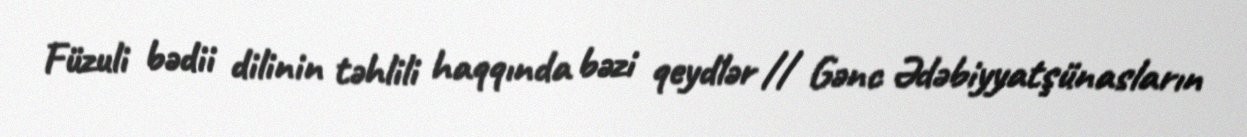
Füzuli bədii dilinin təhlili haqqında bəzi qeydlər // Gənc Ədəbiyyatşünasların